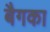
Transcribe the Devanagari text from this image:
बैगका